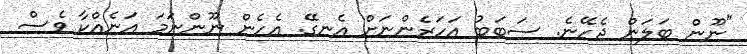
"ނޫން ބަލަން ޖެހޭނެ. ސަބަބު އަހަރެންނަށް އެނގޭ. އެހެން ނޫންނަމަ އަނެއްކާ ވެސް